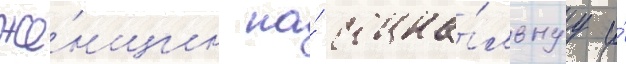
же́нщин на́ социа́льнуу и́